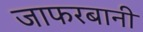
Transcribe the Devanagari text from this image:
जाफरबानी